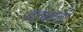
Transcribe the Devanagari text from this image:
बटानची